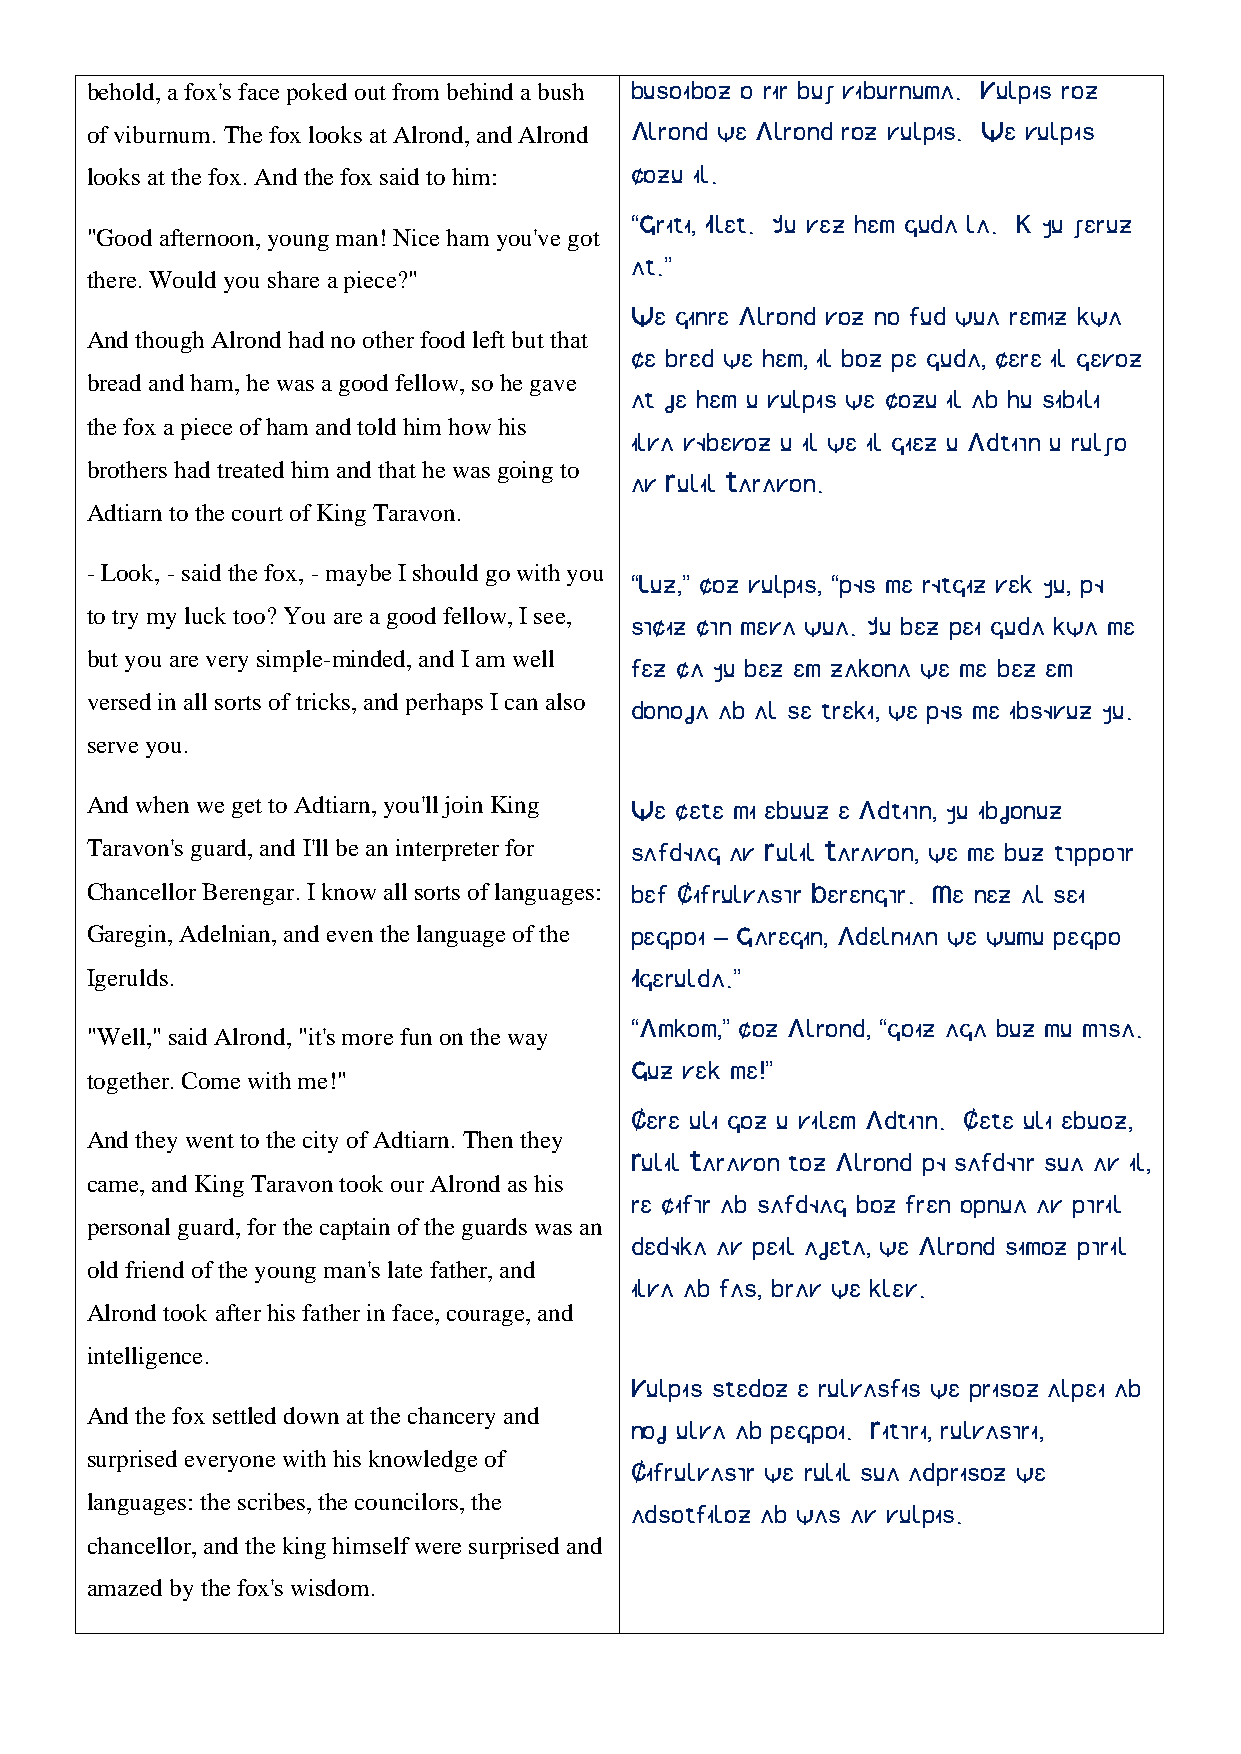
behold, a fox's face poked out from behind a bush busoiboz o rir bux viburnuma. Vulpis roz
 of viburnum. The fox looks at Alrond, and Alrond Alrond we Alrond roz vulpis. We vulpis
 looks at the fox. And the fox said to him: cozu il.
 “Griti, Ilet. Yu vez hem guda la. K yu xeruz
 "Good afternoon, young man! Nice ham you've got
 at.”
 there. Would you share a piece?"
 We ginre Alrond voz no fud wua remiz kwa
 And though Alrond had no other food left but that
 ce bred we hem, il boz pe guda, cere il gevoz
 bread and ham, he was a good fellow, so he gave
 at je hem u vulpis we cozu il ab hu sibili
 the fox a piece of ham and told him how his
 ilva vøbevoz u il we il giez u Adtiãn u rulxo
 brothers had treated him and that he was going to
 av Rulil Taravon.
 Adtiarn to the court of King Taravon.
 - Look, - said the fox, - maybe I should go with you
 “Luz,” coz vulpis, “pøs me røtgiz vek yu, pø
 to try my luck too? You are a good fellow, I see,
 sãciz cãn meva wua. Yu bez pei guda kwa me
 but you are very simple-minded, and I am well
 fez ca yu bez em zakona we me bez em
 versed in all sorts of tricks, and perhaps I can also
 donoja ab al se treki, we pøs me ibsøvuz yu.
 serve you.
 And when we get to Adtiarn, you'll join King We cete mi ebuuz e Adtiãn, yu ibjonuz
 Taravon's guard, and I'll be an interpreter for safdøag av Rulil Taravon, we me buz tãppoãr
 Chancellor Berengar. I know all sorts of languages: bef Cifrulvasãr Berengãr. Me nez al sei
 Garegin, Adelnian, and even the language of the pegpoi – Garegin, Adelnian we wumu pegpo
 Igerulds.                           Igerulda.”
 “Amkom,” coz Alrond, “goiz aga buz mu mãsa.
 "Well," said Alrond, "it's more fun on the way
 Guz vek me!”
 together. Come with me!"
 Cere uli goz u vilem Adtiãn. Cete uli ebuoz,
 And they went to the city of Adtiarn. Then they
 Rulil Taravon toz Alrond pø safdøãr sua av il,
 came, and King Taravon took our Alrond as his
 re cifãr ab safdøag boz fren opnua av pãril
 personal guard, for the captain of the guards was an
 dedøka av peil ajeta, we Alrond simoz pãril
 old friend of the young man's late father, and
 ilva ab fas, brav we klev.
 Alrond took after his father in face, courage, and
 intelligence.
 Vulpis stedoz e rulvasfis we prisoz alpei ab
 And the fox settled down at the chancery and
 noj ulva ab pegpoi. Ritãri, rulvasãri,
 surprised everyone with his knowledge of
 Cifrulvasãr we rulil sua adprisoz we
 languages: the scribes, the councilors, the
 adsotfiloz ab was av vulpis.
 chancellor, and the king himself were surprised and
 amazed by the fox's wisdom.